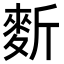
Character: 𪌍